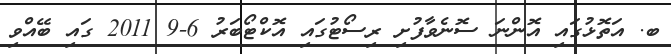
ބ. އަތޮޅުގައި އޮންނަ ސޮނެވާފުށި ރިސޯޓުގައި އޮކްޓޯބަރު 6-9 2011 ގައި ބޭއްވި